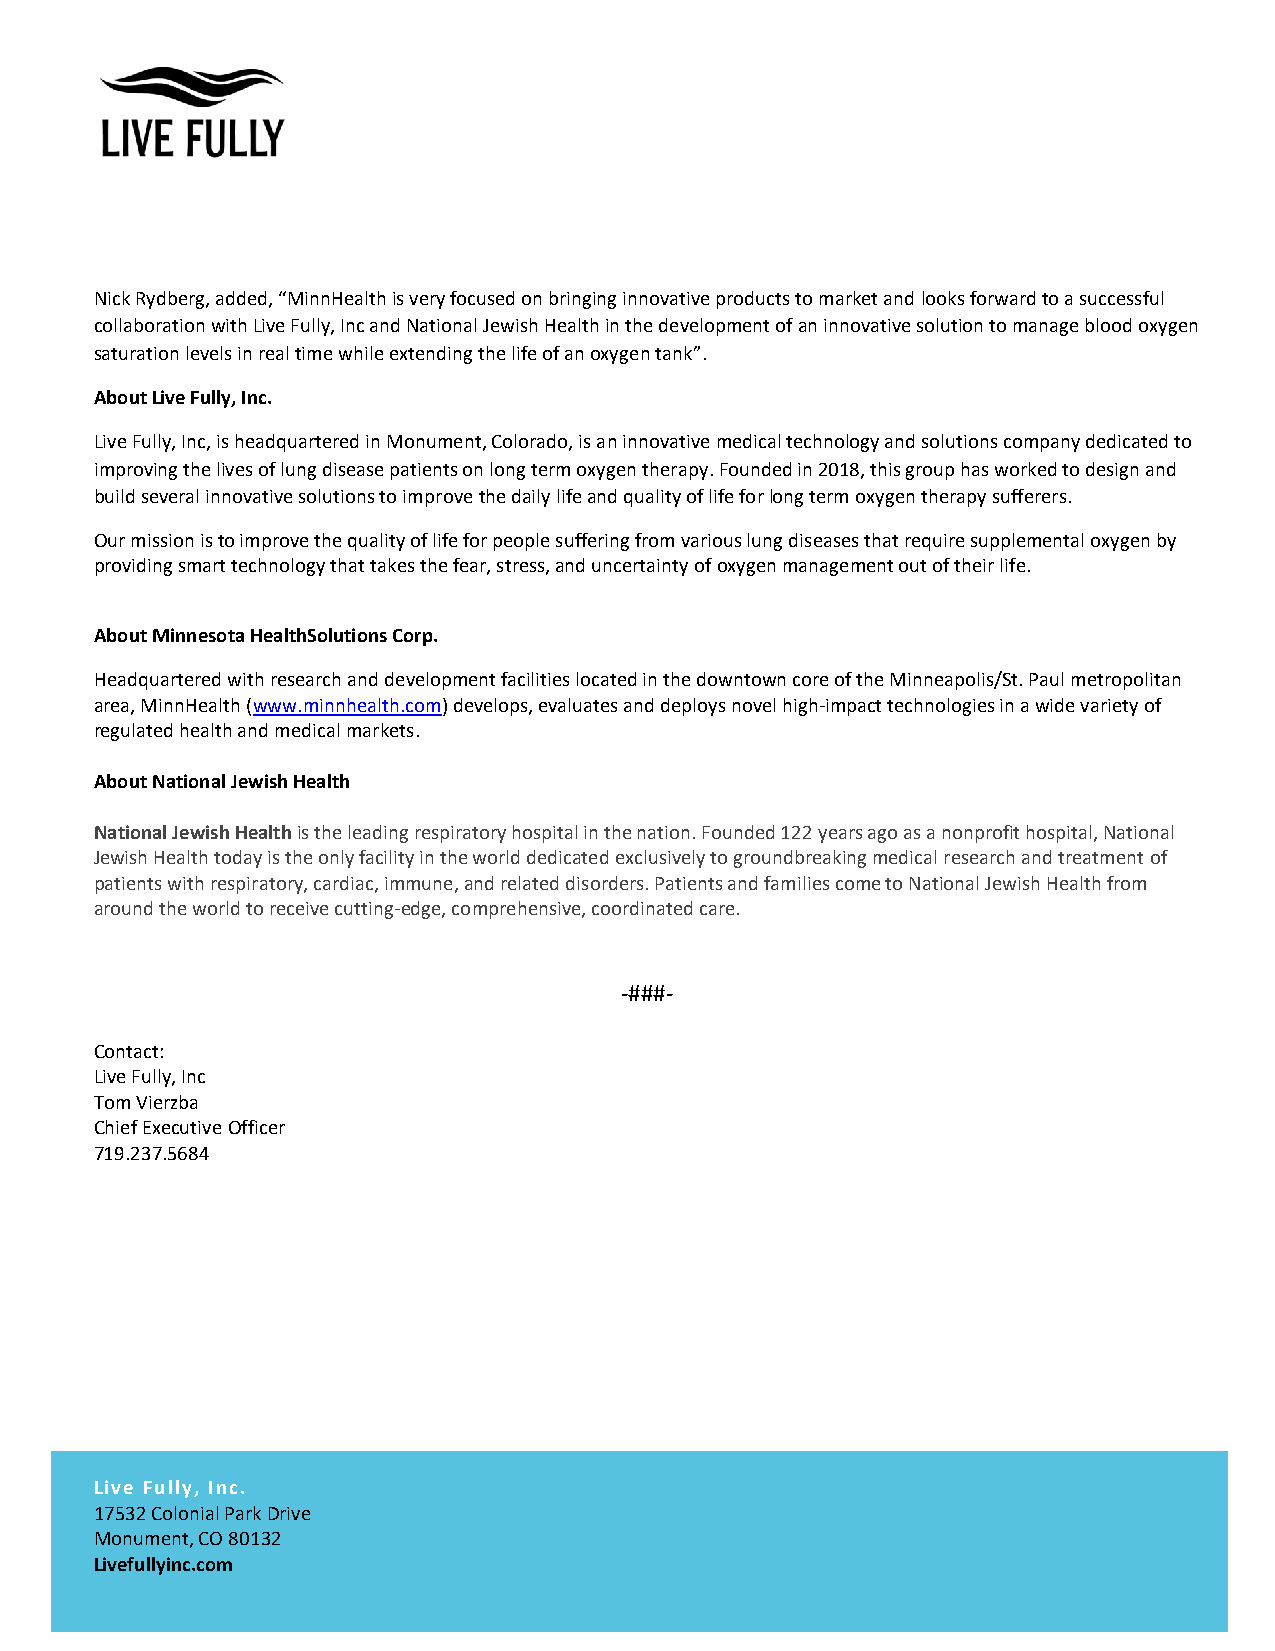
Nick Rydberg, added, “MinnHealth is very focused on bringing innovative products to market and looks forward to a successful
 collaboration with Live Fully, Inc and National Jewish Health in the development of an innovative solution to manage blood oxygen
 saturation levels in real time while extending the life of an oxygen tank”.
 About Live Fully, Inc.
 Live Fully, Inc, is headquartered in Monument, Colorado, is an innovative medical technology and solutions company dedicated to
 improving the lives of lung disease patients on long term oxygen therapy. Founded in 2018, this group has worked to design and
 build several innovative solutions to improve the daily life and quality of life for long term oxygen therapy sufferers.
 Our mission is to improve the quality of life for people suffering from various lung diseases that require supplemental oxygen by
 providing smart technology that takes the fear, stress, and uncertainty of oxygen management out of their life.
 About Minnesota HealthSolutions Corp.
 Headquartered with research and development facilities located in the downtown core of the Minneapolis/St. Paul metropolitan
 area, MinnHealth (www.minnhealth.com) develops, evaluates and deploys novel high-impact technologies in a wide variety of
 regulated health and medical markets.
 About National Jewish Health
 National Jewish Health is the leading respiratory hospital in the nation. Founded 122 years ago as a nonprofit hospital, National
 Jewish Health today is the only facility in the world dedicated exclusively to groundbreaking medical research and treatment of
 patients with respiratory, cardiac, immune, and related disorders. Patients and families come to National Jewish Health from
 around the world to receive cutting-edge, comprehensive, coordinated care.
 -###-
 Contact:
 Live Fully, Inc
 Tom Vierzba
 Chief Executive Officer
 719.237.5684
 Live Fully, Inc.
 17532 Colonial Park Drive
 Monument, CO 80132
 Livefullyinc.com